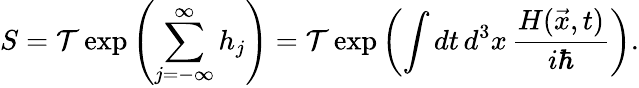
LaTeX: S={\mathcal{T}}\exp\left(\sum_{j=-\infty}^{\infty}h_{j}\right)={\mathcal{T}}\exp\left(\int dt\, d^{3}x\, {\frac{H({\vec{x}},t)}{i\hbar}}\right).